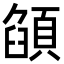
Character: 𩓟